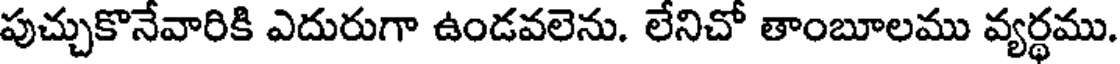
పుచ్చుకొనేవారికి ఎదురుగా ఉండవలెను. లేనిచో తాంబూలము వ్యర్థము.